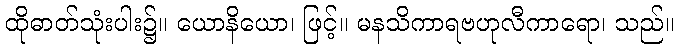
ထိုဓာတ်သုံးပါး၌။ ယောနိယော၊ ဖြင့်။ မနသိကာရဗဟုလီကာရော၊ သည်။